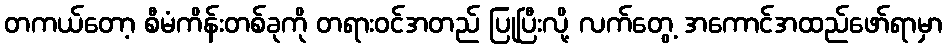
တကယ်တော့ စီမံကိန်းတစ်ခုကို တရားဝင်အတည် ပြုပြီးလို့ လက်တွေ့ အကောင်အထည်ဖော်ရာမှာ